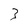
Character: 3